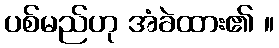
ပစ်မည်ဟု အံခဲထား၏ ။